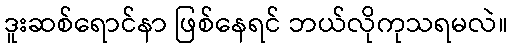
ဒူးဆစ်ရောင်နာ ဖြစ်နေရင် ဘယ်လိုကုသရမလဲ။